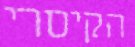
הקיסרי